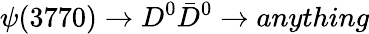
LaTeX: \psi(3770)\to D^{0}\bar{D}^{0}\to anything